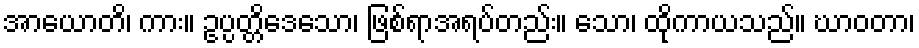
အာယောတိ၊ ကား။ ဥပ္ပတ္တိဒေသော၊ ဖြစ်ရာအရပ်တည်း။ သော၊ ထိုကာယသည်။ ဃာဝတာ၊